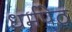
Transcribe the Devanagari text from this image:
धर्मपेठ